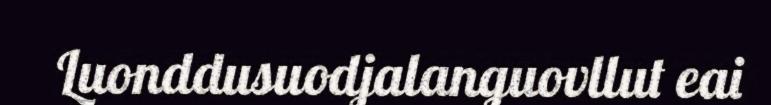
Luonddusuodjalanguovllut eai